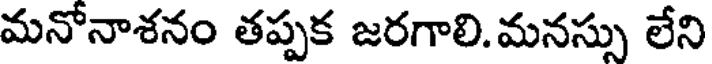
మనోనాశనం తప్పక జరగాలి. మనస్సు లేని